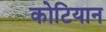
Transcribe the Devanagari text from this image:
कोटियान